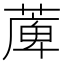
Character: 𦸣